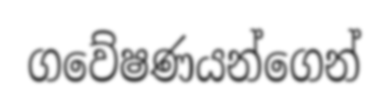
ගවේෂණයන්ගෙන්